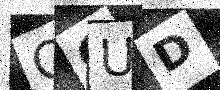
Text: QCUD